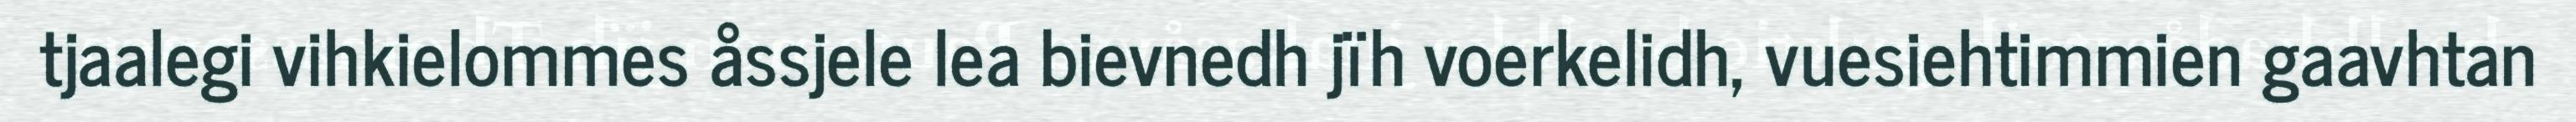
tjaalegi vihkielommes åssjele lea bievnedh jïh voerkelidh, vuesiehtimmien gaavhtan